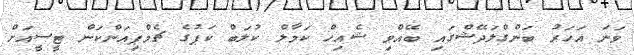
ވަނަ އަހަރު ބަންގްލަދޭޝްގައި ބޭއްވި ޝެއިހް ކަމާލް ކުލަބް ކަޕުގެ ޗެމްޕިއަންކަން ޓީސީއަށް